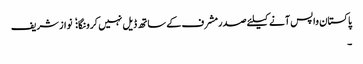
پاکستان واپس آنے کیلئے صدرمشرف کے ساتھ ڈیل نہیں کرونگا:  نواز شریف
۔